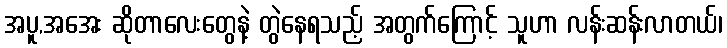
အပူ,အအေး ဆိုတာလေးတွေနဲ့ တွဲနေရသည့် အတွက်ကြောင့် သူဟာ လန်းဆန်းလာတယ်၊